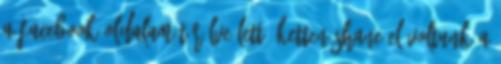
a Facebook oldalam törölve lett, ketten Shane-el voltunk a